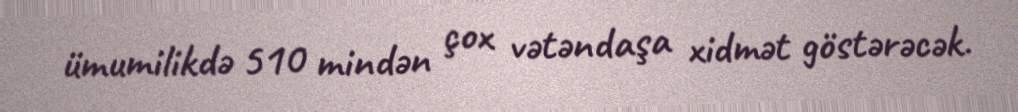
ümumilikdə 510 mindən çox vətəndaşa xidmət göstərəcək.